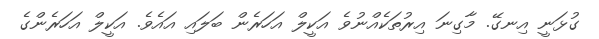
ގުޅަނީ އިނގޭ. މާގިނަ އިރުތަކެއްނުވެ އަކީލް އަހަރެން ބަލައި އައެވެ. އަކީލް އަހަރެންގެ